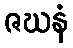
ဇဃနံ